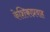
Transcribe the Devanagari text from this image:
केशिकाप्रवाह